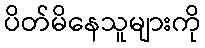
ပိတ်မိနေသူများကို